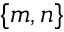
\{ m , n \}